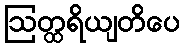
ဩတ္ထရိယျတိပေ